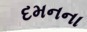
દમનના